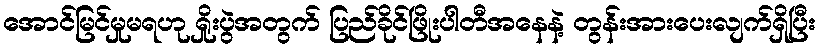
အောင်မြင်မှုမရဟု ရှိုးပွဲအတွက် ပြည်ခိုင်ဖြိုးပါတီအနေနဲ့ တွန်းအားပေးလျက်ရှိပြီး